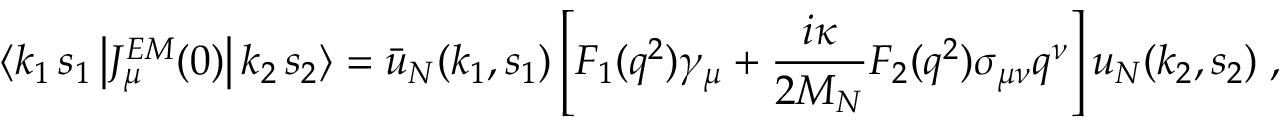
\langle k _ { 1 } \, s _ { 1 } \left| J _ { \mu } ^ { E M } ( 0 ) \right| k _ { 2 } \, s _ { 2 } \rangle = \bar { u } _ { N } ( k _ { 1 } , s _ { 1 } ) \left[ F _ { 1 } ( q ^ { 2 } ) \gamma _ { \mu } + \frac { i \kappa } { 2 M _ { N } } F _ { 2 } ( q ^ { 2 } ) \sigma _ { \mu \nu } q ^ { \nu } \right] u _ { N } ( k _ { 2 } , s _ { 2 } ) \; ,